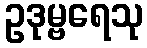
ဥဒုမ္ဗရေသု